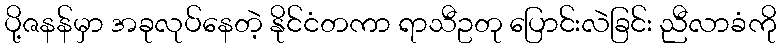
ပို့ဇနန်မှာ အခုလုပ်နေတဲ့ နိုင်ငံတကာ ရာသီဥတု ပြောင်းလဲခြင်း ညီလာခံကို